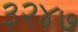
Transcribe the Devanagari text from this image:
३२४७